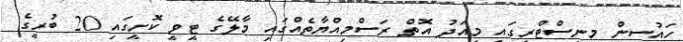
ހައުސިން މިނިސްޓްރީގައި މިއަދު އޮތް ރަސްމިއްޔާތެއްގައި މާލޭގެ ޓީވީ ކޮށީގައި 20 ބުރީގެ